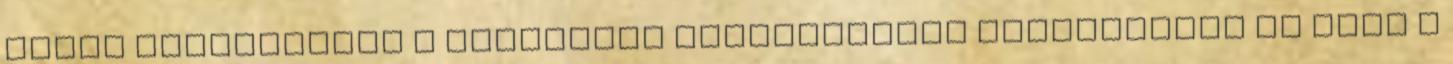
tudni kiszolgálni a digitális szokásainkat Visszahívás és chat a